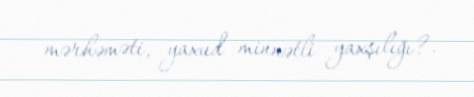
mərhəməti, yaxud minnətli yaxşılığı?.